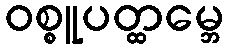
ဝစ္စူပတ္ထမ္ဘေ